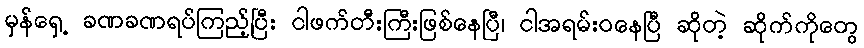
မှန်ရှေ့ ခဏခဏရပ်ကြည့်ပြီး ငါဖက်တီးကြီးဖြစ်နေပြီ၊ ငါအရမ်းဝနေပြီ ဆိုတဲ့ ဆိုက်ကိုတွေ